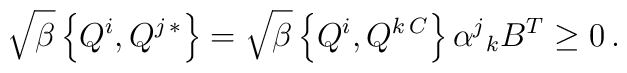
\sqrt{\beta }\left\{Q^i, Q^{j\,*}\right\} =   \sqrt{\beta }\left\{Q^i, Q^{k\,C}\right\} \alpha^j{}_k  B^T \geq   0\,.